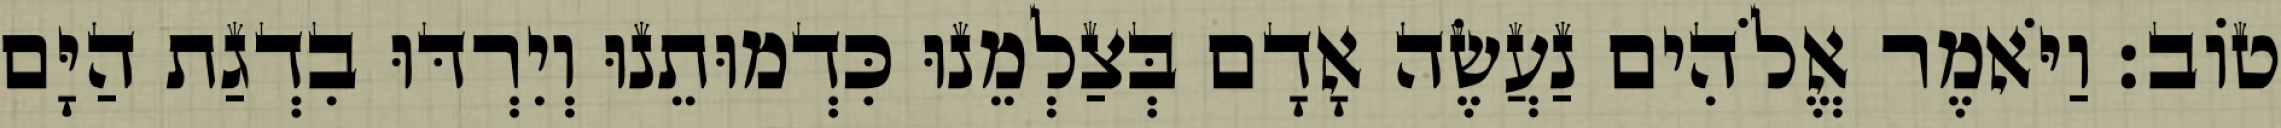
טֹוב׃ וַיֹּאמֶר אֱלֹהִים נַעֲשֶׂה אָדָם בְּצַלְמֵנוּ כִּדְמוּתֵנוּ וְיִרְדּוּ בִדְגַת הַיָּם